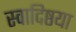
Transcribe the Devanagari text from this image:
स्वादिष्ठया